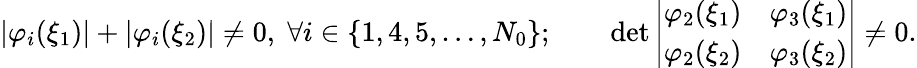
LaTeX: \vert\varphi_{i}(\xi_{1})\vert+\vert\varphi_{i}(\xi_{2})\vert\neq 0,\; \forall i\in\{ 1,4,5,\ldots,N_{0}\} ;\qquad\operatorname*{det}\left|\begin{array}{cc}{\varphi_{2}(\xi_{1})}&{\varphi_{3}(\xi_{1})}\\ {\varphi_{2}(\xi_{2})}&{\varphi_{3}(\xi_{2})}\end{array}\right|\neq 0.